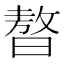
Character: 𣊁